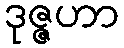
ဒုဇ္ဇဟာ